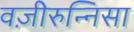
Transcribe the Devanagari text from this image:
वज़ीरुन्निसा